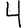
Digit: 4